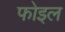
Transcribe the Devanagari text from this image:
फोइल